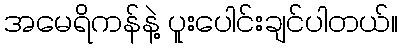
အမေရိကန်နဲ့ ပူးပေါင်းချင်ပါတယ်။